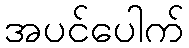
အပင်ပေါက်